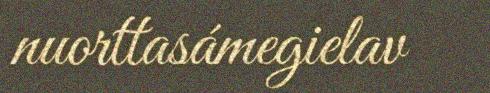
nuorttasámegielav